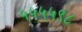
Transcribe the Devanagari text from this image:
५५५५९८